画像に写った文字を読んでください
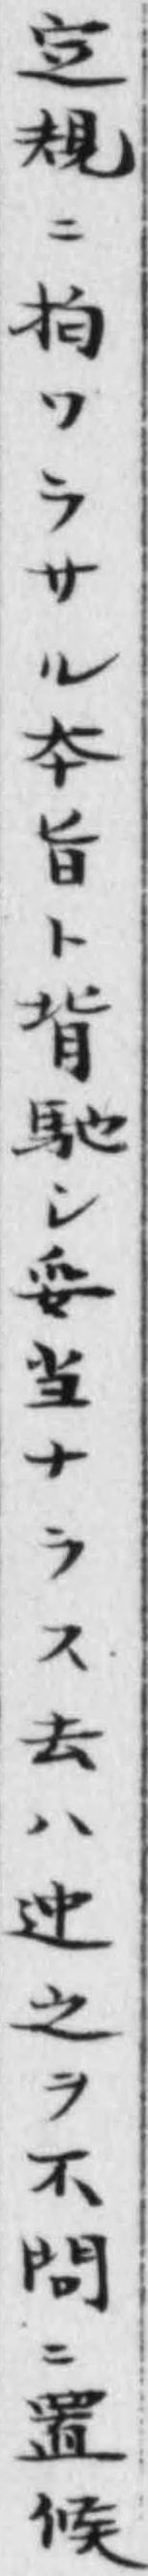
「定規ニ抅ワラサル夲旨ト背馳シ妥当ナラス去ハ迚之ヲ不問ニ置候」と書いてあります